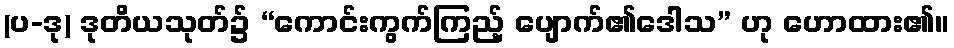
(ပ-ဒု) ဒုတိယသုတ်၌ “ကောင်းကွက်ကြည့် ပျောက်၏ဒေါသ” ဟု ဟောထား၏။